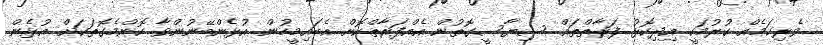
ވެރިކަމެއް ކުރުމަކީ އިދިކޮޅު ފަރާތްތައް ސިޔާސީގޮތުން އެއްފަރާތްކޮށް އެބައިމީހުން އުޅެންބޭނުންވާ ކޮންމެގޮތަކަށް އުޅެން